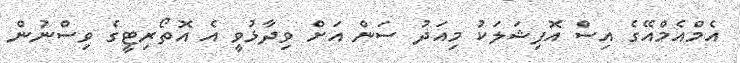
އެމްއެމްއޭގެ އިސް އޮފިޝަލަކު މިއަދު ސަން އަށް ވިދާޅުވީ އެ އޮތޯރިޓީގެ ވިސްނުން